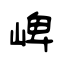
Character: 崥